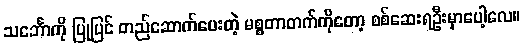
သင်္ဘောကို ပြုပြင် တည်ဆောက်ပေးတဲ့ မစ္စတာတက်ကိုတော့ စစ်ဆေးရဦးမှာပေါ့လေ။